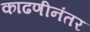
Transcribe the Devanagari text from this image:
काढणीनंतर